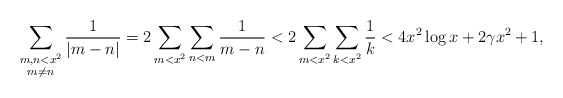
\begin{align*} \sum_{\substack{m,n<x^2 \\ m\neq n}} \frac{1}{|m-n|} = 2\sum_{m<x^2} \sum_{n<m} \frac{1}{m-n} &< 2\sum_{m<x^2} \sum_{k<x^2} \frac{1}{k} < 4x^2\log x + 2\gamma x^2 + 1,\end{align*}